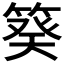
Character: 𥯫